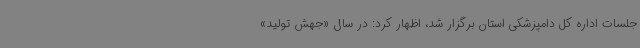
جلسات اداره کل دامپزشکی استان برگزار شد، اظهار کرد: در سال «جهش تولید»